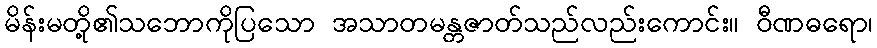
မိန်းမတို့၏သဘောကိုပြသော အသာတမန္တဇာတ်သည်လည်းကောင်း။ ဝီဏဓရော၊